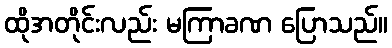
ထိုအတိုင်းလည်း မကြာခဏ ပြောသည်။